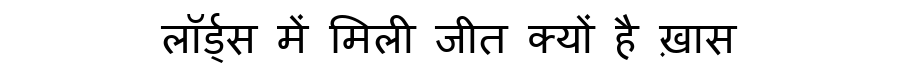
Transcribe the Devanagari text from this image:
लॉर्ड्स में मिली जीत क्यों है ख़ास